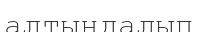
алтындалып